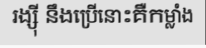
រង្ស៊ី នឹងប្រើនោះគឺកម្លាំង